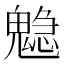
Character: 𩴃